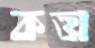
কত্তা